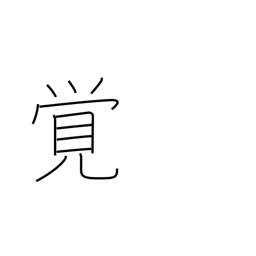
Meaning: remember